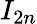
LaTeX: I_{2n}